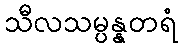
သီလသမ္ပန္နတရံ